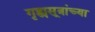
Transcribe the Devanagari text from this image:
गृह्यसूत्रांच्या